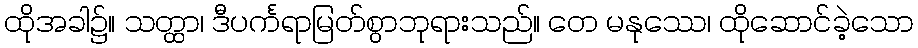
ထိုအခါ၌။ သတ္ထာ၊ ဒီပင်္ကရာမြတ်စွာဘုရားသည်။ တေ မနုဿေ၊ ထိုဆောင်ခဲ့သော